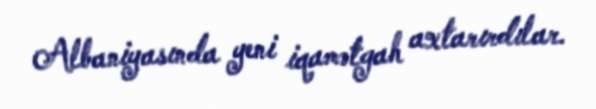
Albaniyasında yeni iqamətgah axtarırdılar.